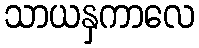
သာယနှကာလေ